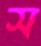
স